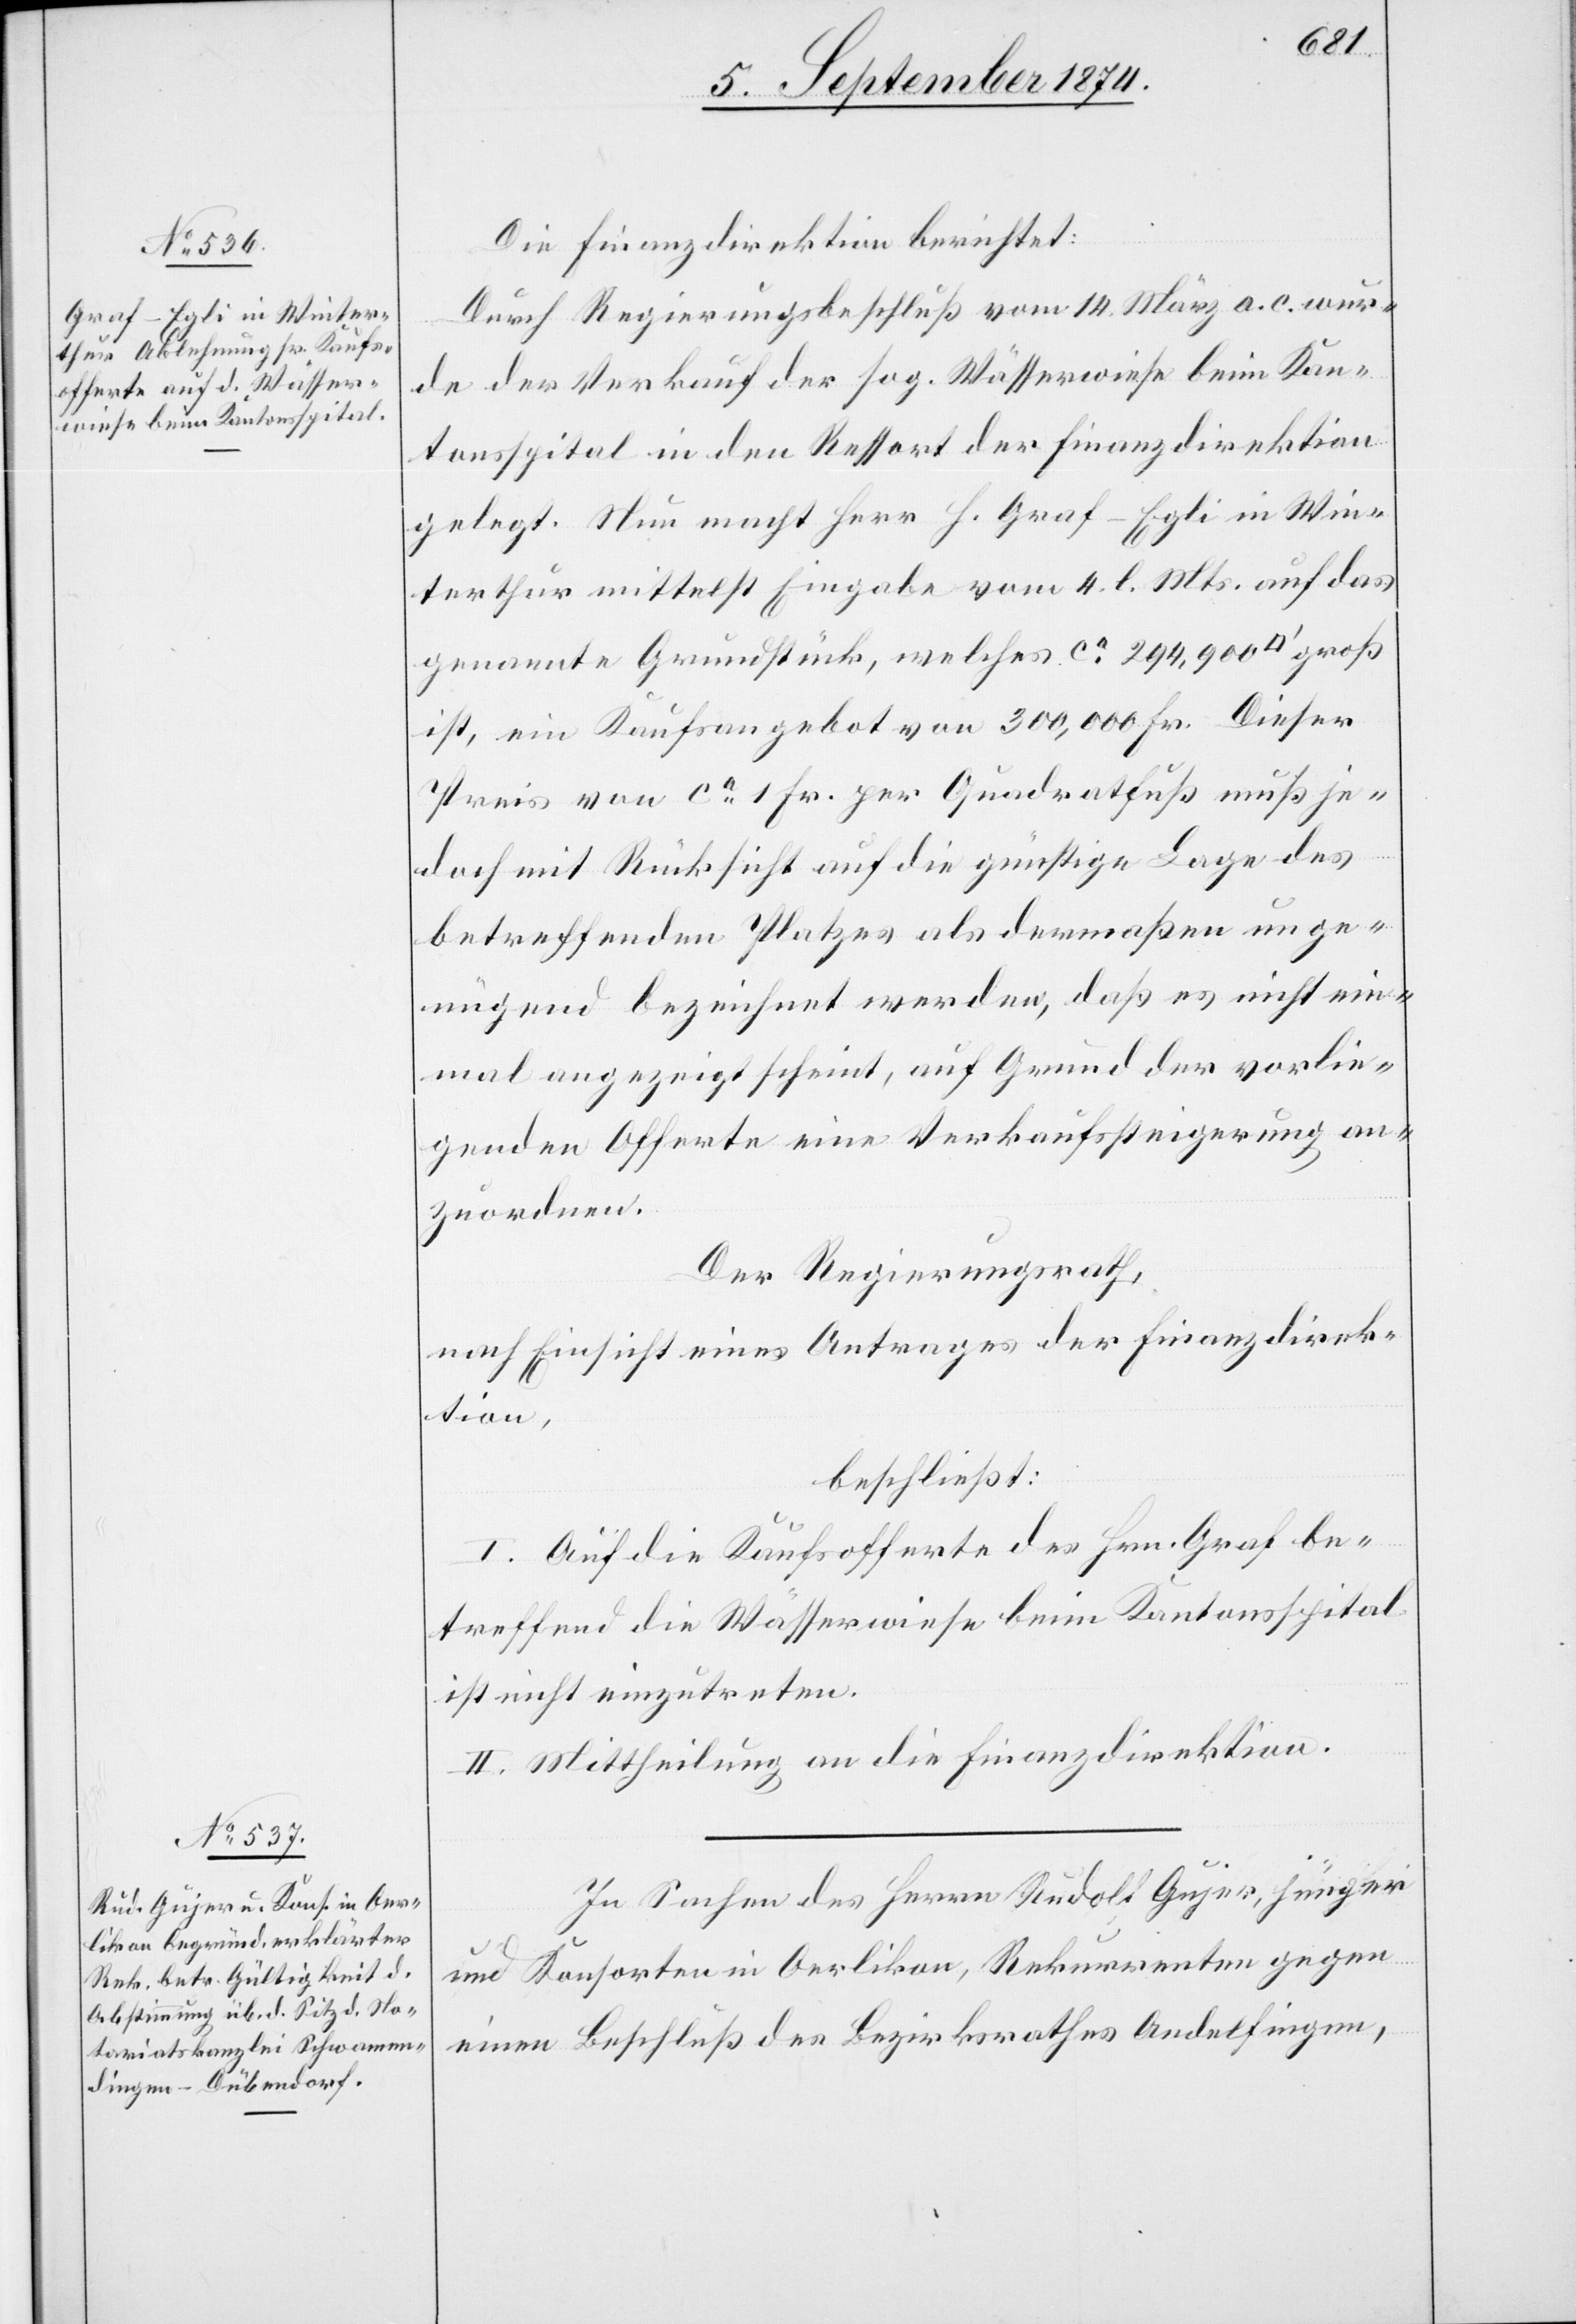
Die Finanzdirektion berichtet:
Durch Regierungsbeschluß vom 14. März a. c. wur¬
de der Verkauf der sog. Wässerwiese beim Kan¬
tonsspital in den Ressort der Finanzdirektion
gelegt. Nun macht Herr H. Graf-Egli in Win¬
terthur mittelst Eingabe vom 4. l. Mts. auf das
genannte Grundstück, welches ca 294,900
ist, ein Kaufsangebot von 300,000 Fr. Dieser
Preis von ca 1 Fr. per Quadratfuß muß je¬
doch mit Rücksicht auf die günstige Lage des
betreffenden Platzes als dermaßen unge¬
nügend bezeichnet werden, daß es nicht ein¬
mal angezeigt scheint, auf Grund der vorlie¬
genden Offerte eine Verkaufssteigerung an¬
zuordnen.
Der Regierungsrath,
nach Einsicht eines Antrages der Finanzdirek¬
tion,
beschließt:
I. Auf die Kaufsofferte des Hrn. Graf be¬
treffende die Wässerwiese beim Kantonsspital
ist nicht einzutreten.
II. Mittheilung an die Finanzdirektion.
In Sachen des Herrn Rudolf Gujer, jünger
und Konsorten in Oerlikon, Rekurrenten gegen
einen Beschluß des Bezirksrathes Andelfingen,